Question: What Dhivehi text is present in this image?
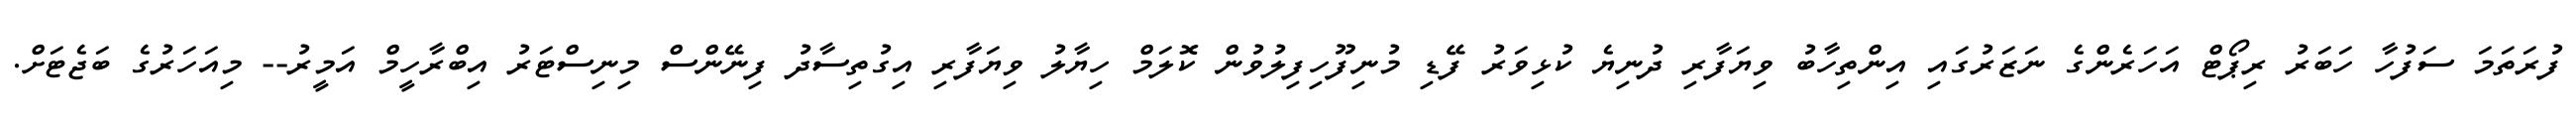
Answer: ފުރަތަމަ ސަފުހާ ހަބަރު ރިޕޯޓް އަހަރެންގެ ނަޒަރުގައި އިންތިހާބު ވިޔަފާރި ދުނިޔެ ކުޅިވަރު ފޭޑި މުނިފޫހިފިލުވުން ކޮލަމް ހިޔާލު ވިޔަފާރި އިގުތިސާދު ފިނޭންސް މިނިސްޓަރު އިބްރާހީމް އަމީރު-- މިއަހަރުގެ ބަޖެޓަށް.